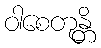
ဝါစေတုန္တိ